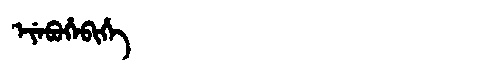
Manchu: ᡝᠶᡝᠪᡠᡥᡝᠪᡳᡥᡝ
Romanization: EYEBUHEBIHE